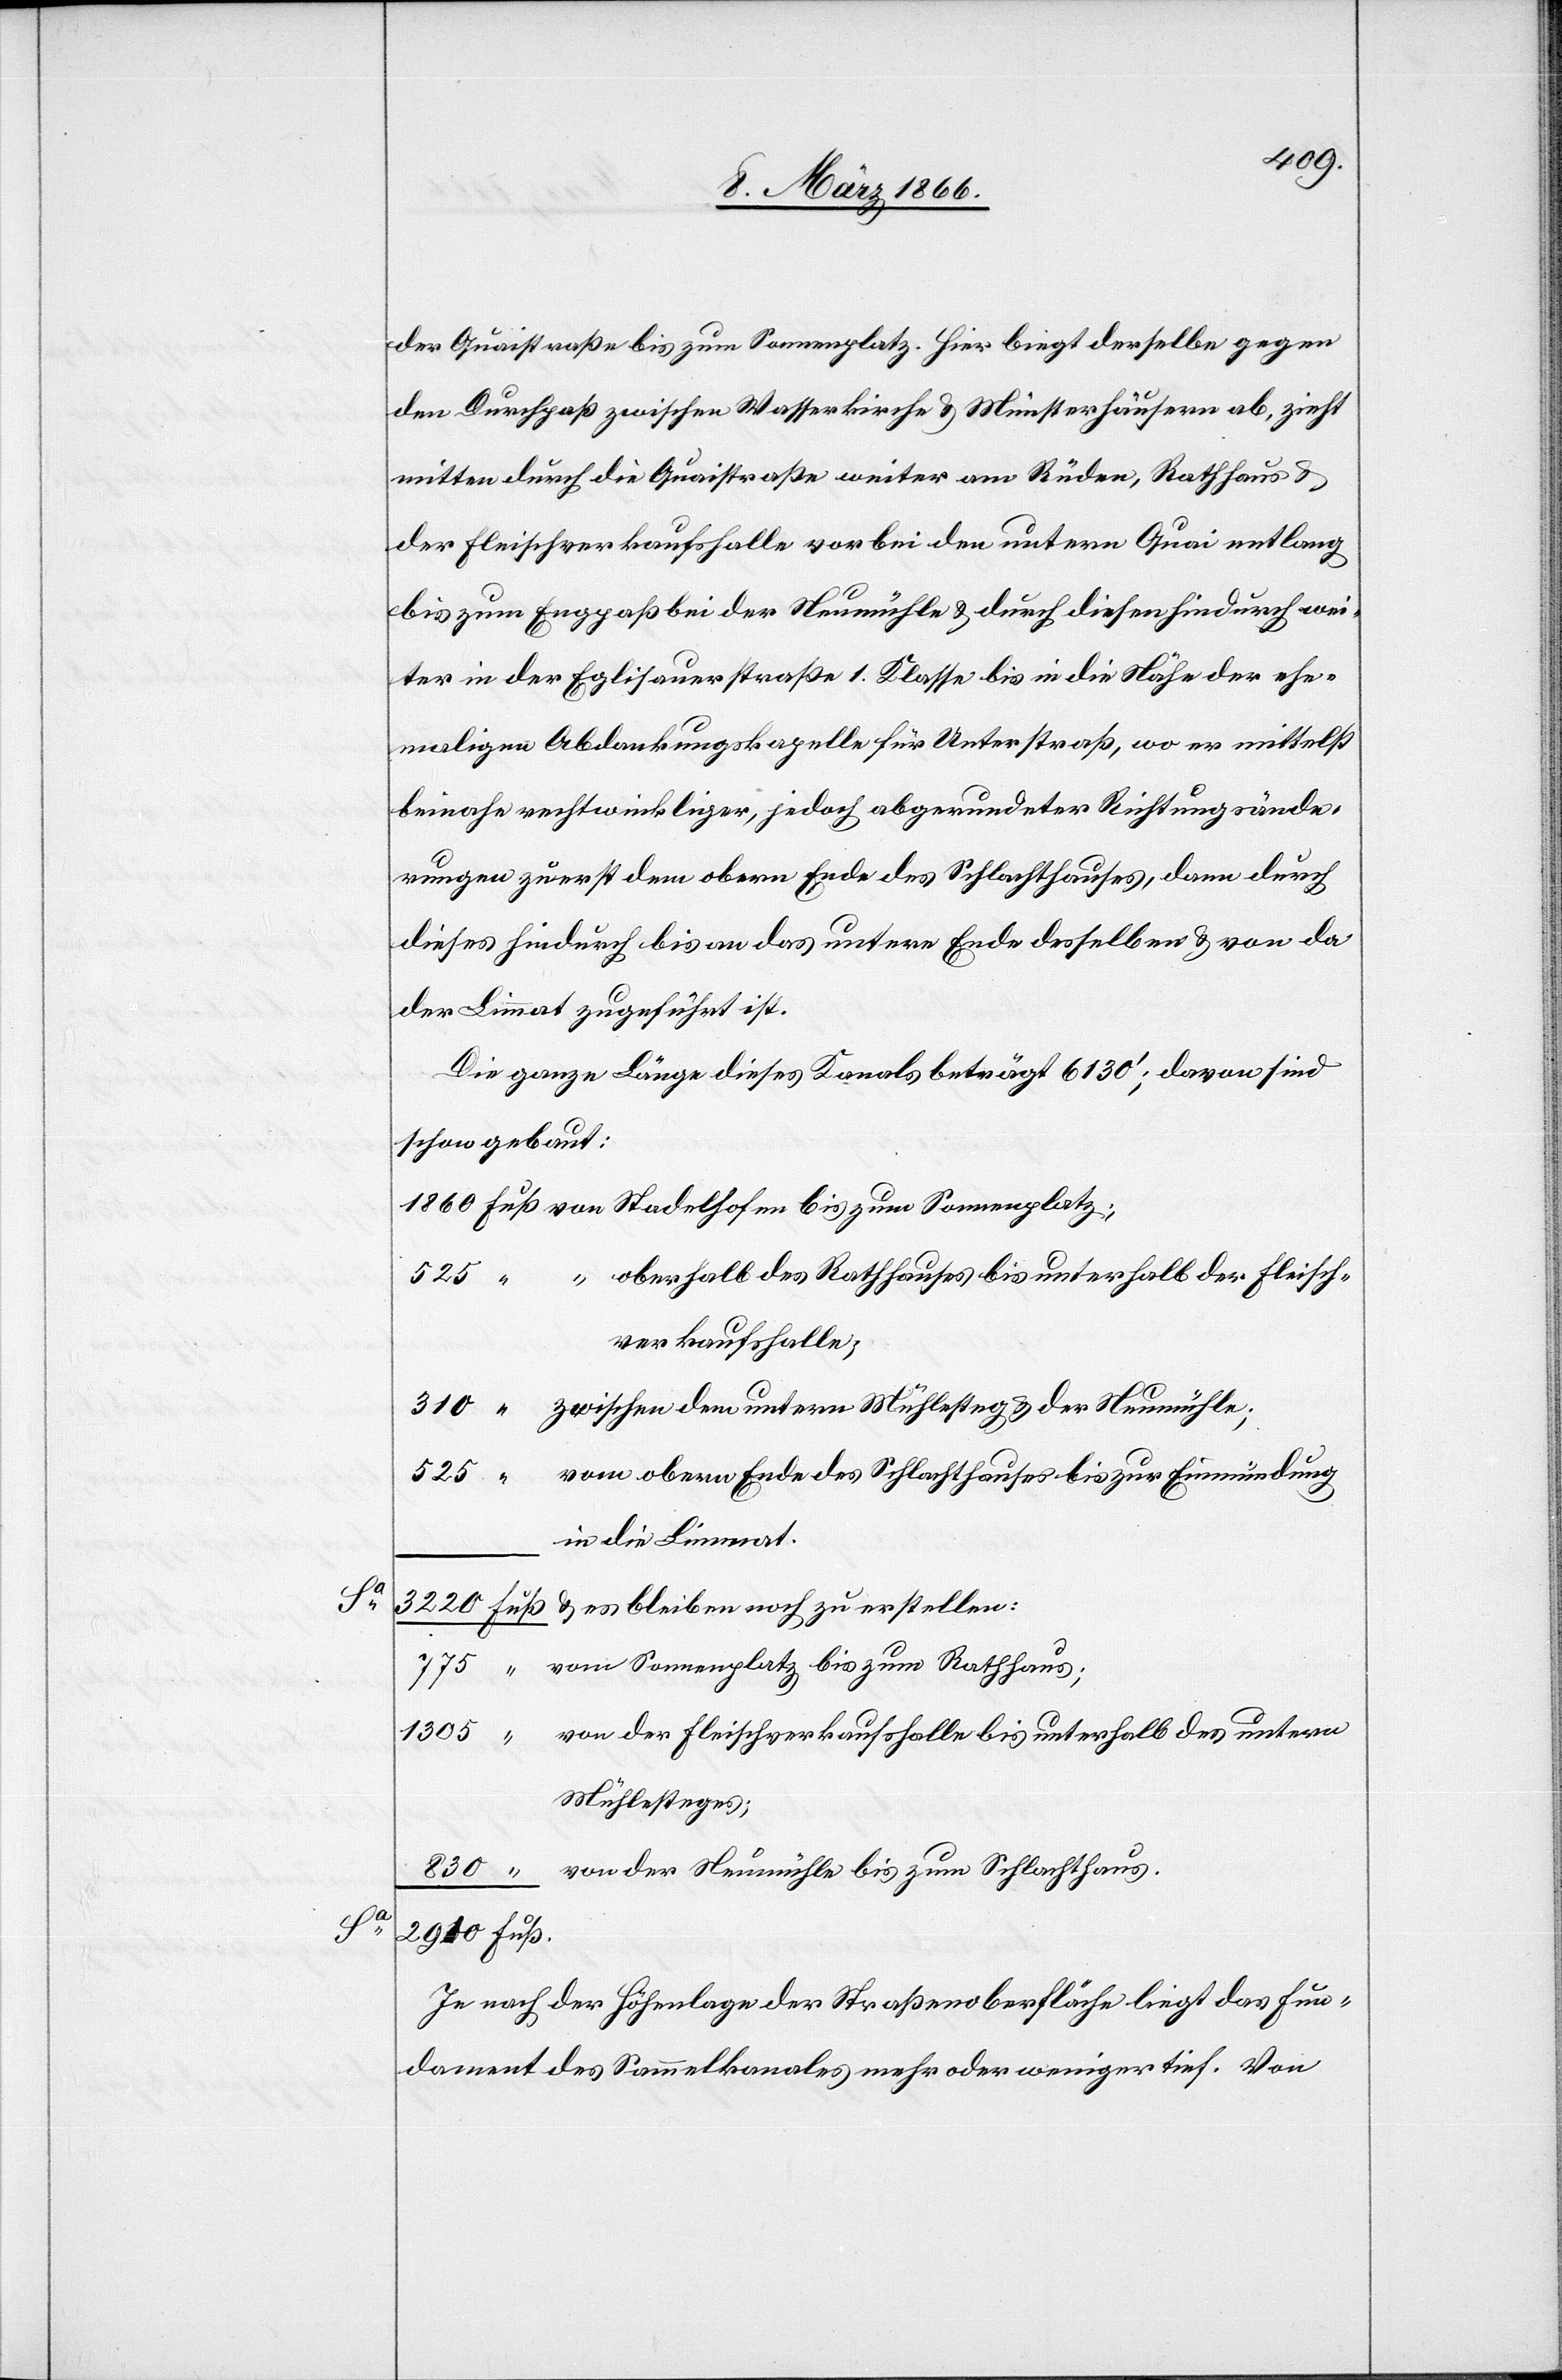
Sa.

2910

der Quaistraße bis zum Sonnenplatz. Hier biegt derselbe gegen
den Durchpaß zwischen Wasserkirche u. Münsterhäusern ab, zieht
mitten durch die Quaistraße weiter am Rüden, Rathaus u.
der Fleischverkaufshalle vorbei den untern Quai entlang
bis zum Engpaß bei der Neumühle u. durch diesen hindurch wei¬
ter in der Eglisauerstraße 1. Klasse bis in die Nähe der ehe¬
maligen Abdankungskapelle für Unterstraß, wo er mittelst
beinahe rechtwinkliger, jedoch abgerundeter Richtungsände¬
rungen zuerst dem obern Ende des Schlachthauses, dann durch
dieses hindurch bis an das untere Ende desselben u. von da
der Limmat zugeführt ist.
Die ganze Länge dieses Kanals beträgt 6130‘; davon sind
schon gebaut:
“ oberhalb des Rathauses bis unterhalb der Fleisch¬
verkaufshalle
zwischen dem untern; Mühlesteig u. der Neumühle;
vom obern Ende des Schlachthauses bis zur Einmündung
zu
in die Limmat
vom Sonnenplatz bis zum Rathaus;
von der Fleischverkaufshalle bis unterhalb des untern
Mühlesteges;
von der Neumühle bis zum Schlachthaus.
Je nach der Höhenlage der Straßenoberfläche liegt das Fun¬
dament des Sammelkanales mehr oder weniger tief. Von